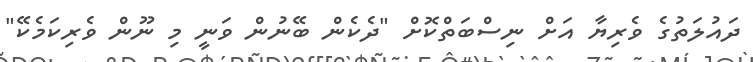
ދައުލަތުގެ ވެރިޔާ އަށް ނިސްބަތްކޮށް "ދެކެން ބޭނުން ވަނީ މި ނޫން ވެރިކަމެކޭ"